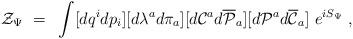
LaTeX: \begin{align*}{\cal Z}_{\Psi}~=~ \int [d q^{i} d p_{i}][d \lambda^{a} d \pi_{a}] [ d {\cal C}^{a} d {\overline{\cal P}}_{a} ] [ d {\cal P}^{a} d {\overline{\cal C}}_{a} ]~ e^{iS_{\Psi}}~,\end{align*}